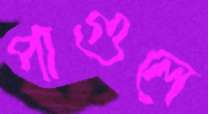
পাগুলে